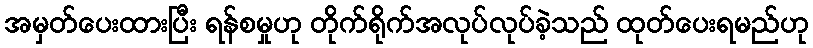
အမှတ်ပေးထားပြီး ရန်စမှုဟု တိုက်ရိုက်အလုပ်လုပ်ခဲ့သည် ထုတ်ပေးရမည်ဟု